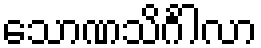
သောဏသိင်္ဂါလာ